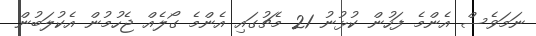
ނަމަވެސް އެންމެ ފަހުން ކުޅުނު 21 މެޗުގައި އެންމެ ގޯލެއް ޖެހުމުން އެކުލަބުން